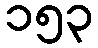
၁၅၃